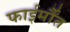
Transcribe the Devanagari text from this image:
फाईर्मौंत